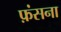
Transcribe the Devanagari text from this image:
फ़ंसना